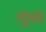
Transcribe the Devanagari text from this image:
लुकों